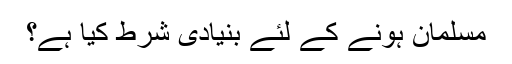
مسلمان ہونے کے لئے بنیادی شرط کیا ہے؟